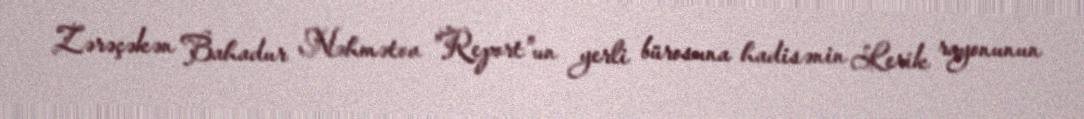
Zərəçəkən Bahadur Nəhmətov "Report"un yerli bürosuna hadisənin Lerik rayonunun